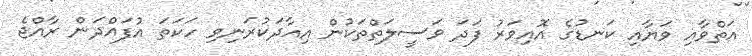
އަތްވާއި ވަޔާއި ކަނޑުގެ އޮއިވަރު ފަދަ ވަސީލަތްތަކުން އިއާދަކުރަނިވި ހަކަތަ އުފައްދަން ރާއްޖެ